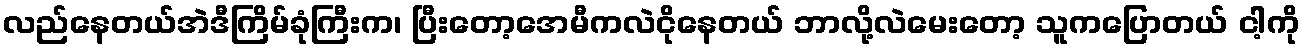
လည်နေတယ်အဲဒီကြိမ်ခုံကြီးက၊ ပြီးတော့အေမီကလဲငိုနေတယ် ဘာလို့လဲမေးတော့ သူကပြောတယ် ငါ့ကို